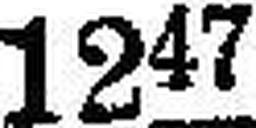
1247